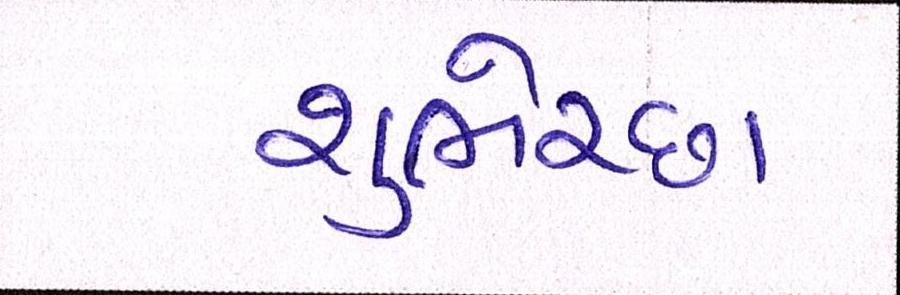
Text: શુભેચ્છા